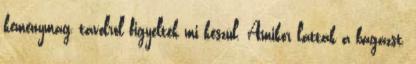
keménymag, távolról figyelték mi készül. Amikor látták a bagázst,